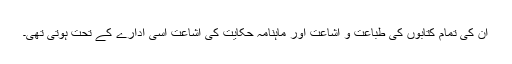
ان کی تمام کتابوں کی طباعت و اشاعت اور ماہنامہ حکایت کی اشاعت اسی ادارے کے تحت ہوتی تھی۔